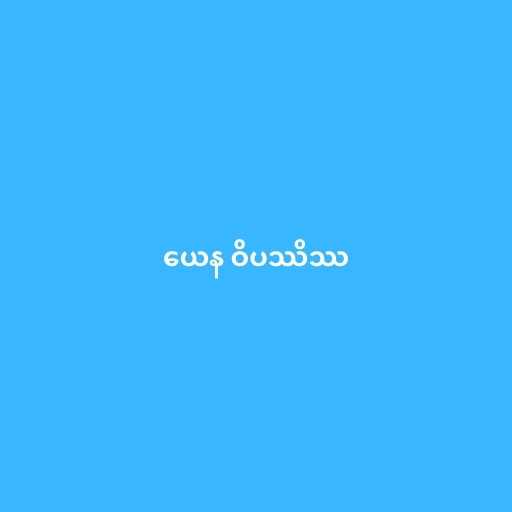
ယေန ဝိပဿိဿ